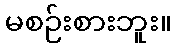
မစဉ်းစားဘူး။